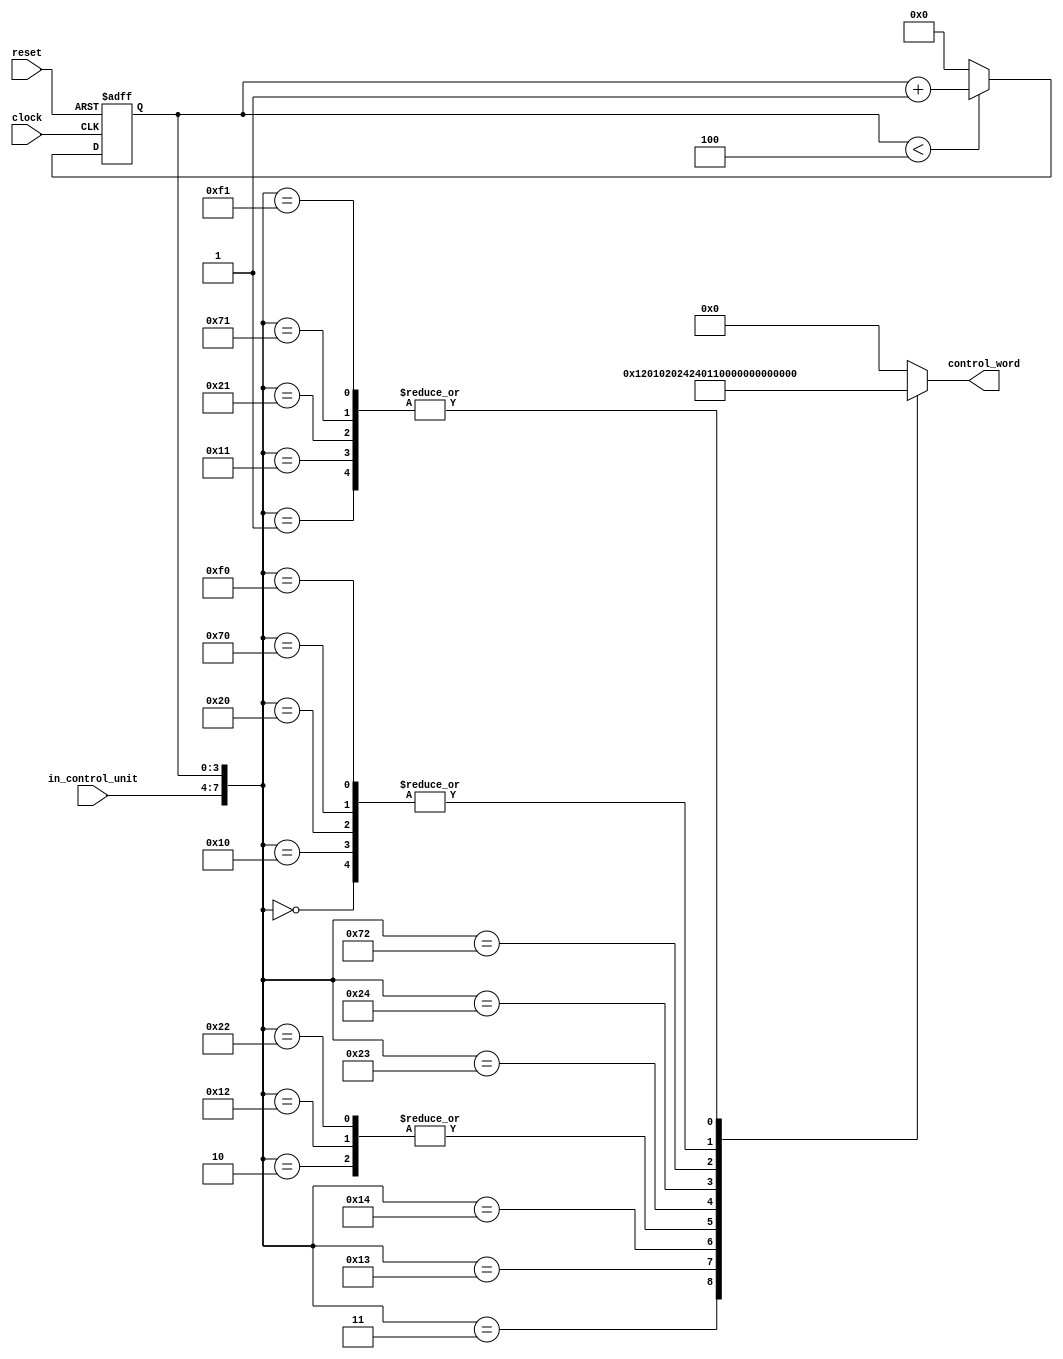

// Control Unit

module control_unit (input  wire        clock,
                     input  wire        reset,
                     input  wire [3:0]  in_control_unit,
                     output reg  [11:0] control_word);

reg  [3:0] instruction_step;

always @ (negedge clock or negedge reset) begin
  if(!reset)
    instruction_step <= 0;
  else if (instruction_step < 4)
    instruction_step <= instruction_step + 1;
  else
    instruction_step <= 0;
end

always @(in_control_unit, instruction_step)
  case({in_control_unit, instruction_step}) 
    // LDA
    8'h00: control_word = 12'h600;
    8'h01: control_word = 12'h980;
    8'h02: control_word = 12'h240;
    8'h03: control_word = 12'h120;
    8'h04: control_word = 12'h000;
    // ADD
    8'h10: control_word = 12'h600;
    8'h11: control_word = 12'h980;
    8'h12: control_word = 12'h240;
    8'h13: control_word = 12'h102;
    8'h14: control_word = 12'h024;
    // SUB
    8'h20: control_word = 12'h600;
    8'h21: control_word = 12'h980;
    8'h22: control_word = 12'h240;
    8'h23: control_word = 12'h10A;
    8'h24: control_word = 12'h02C;
    // OUT
    8'h70: control_word = 12'h600;
    8'h71: control_word = 12'h980;
    8'h72: control_word = 12'h011;
    8'h73: control_word = 12'h000;
    8'h74: control_word = 12'h000;
    // HLT
    8'hF0: control_word = 12'h600;
    8'hF1: control_word = 12'h980;
    8'hF2: control_word = 12'h000;
    8'hF3: control_word = 12'h000;
    8'hF4: control_word = 12'h000;
    // Others
  default: control_word = 12'h000;
  endcase

endmodule